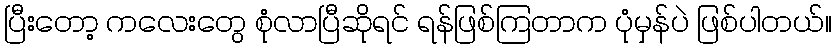
ပြီးတော့ ကလေးတွေ စုံလာပြီဆိုရင် ရန်ဖြစ်ကြတာက ပုံမှန်ပဲ ဖြစ်ပါတယ်။